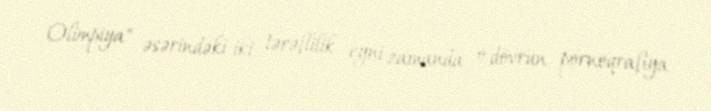
Olimpiya" əsərindəki iki tərəflilik eyni zamanda o dövrün pornoqrafiya